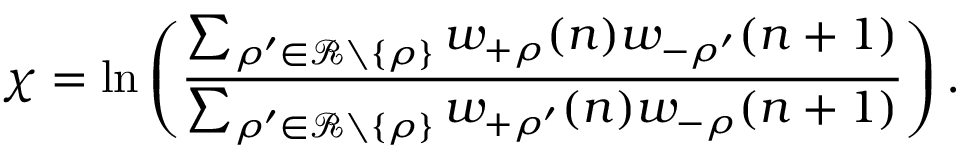
\chi = \ln \left( \frac { \sum _ { \rho ^ { \prime } \in \mathcal { R } \setminus \{ \rho \} } w _ { + \rho } ( n ) w _ { - \rho ^ { \prime } } ( n + 1 ) } { \sum _ { \rho ^ { \prime } \in \mathcal { R } \setminus \{ \rho \} } w _ { + \rho ^ { \prime } } ( n ) w _ { - \rho } ( n + 1 ) } \right) .